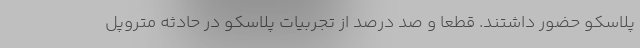
پلاسکو حضور داشتند. قطعا و صد درصد از تجربیات پلاسکو در حادثه متروپل